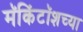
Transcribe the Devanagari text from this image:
मॅकिंटॉशच्या